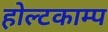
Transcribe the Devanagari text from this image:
होल्टकाम्प